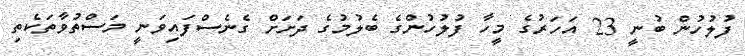
ފުލުހުން ބުނީ 23 އަހަރުގެ މީހާ ފުލުހުންގެ ބެލުމުގެ ދަށަށް ގެނެސްފައިވަނީ މަސްތުވާތަކެތި